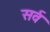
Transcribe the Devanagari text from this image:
सर्व